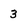
Character: 3